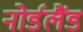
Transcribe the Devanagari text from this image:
नोर्डलैंड